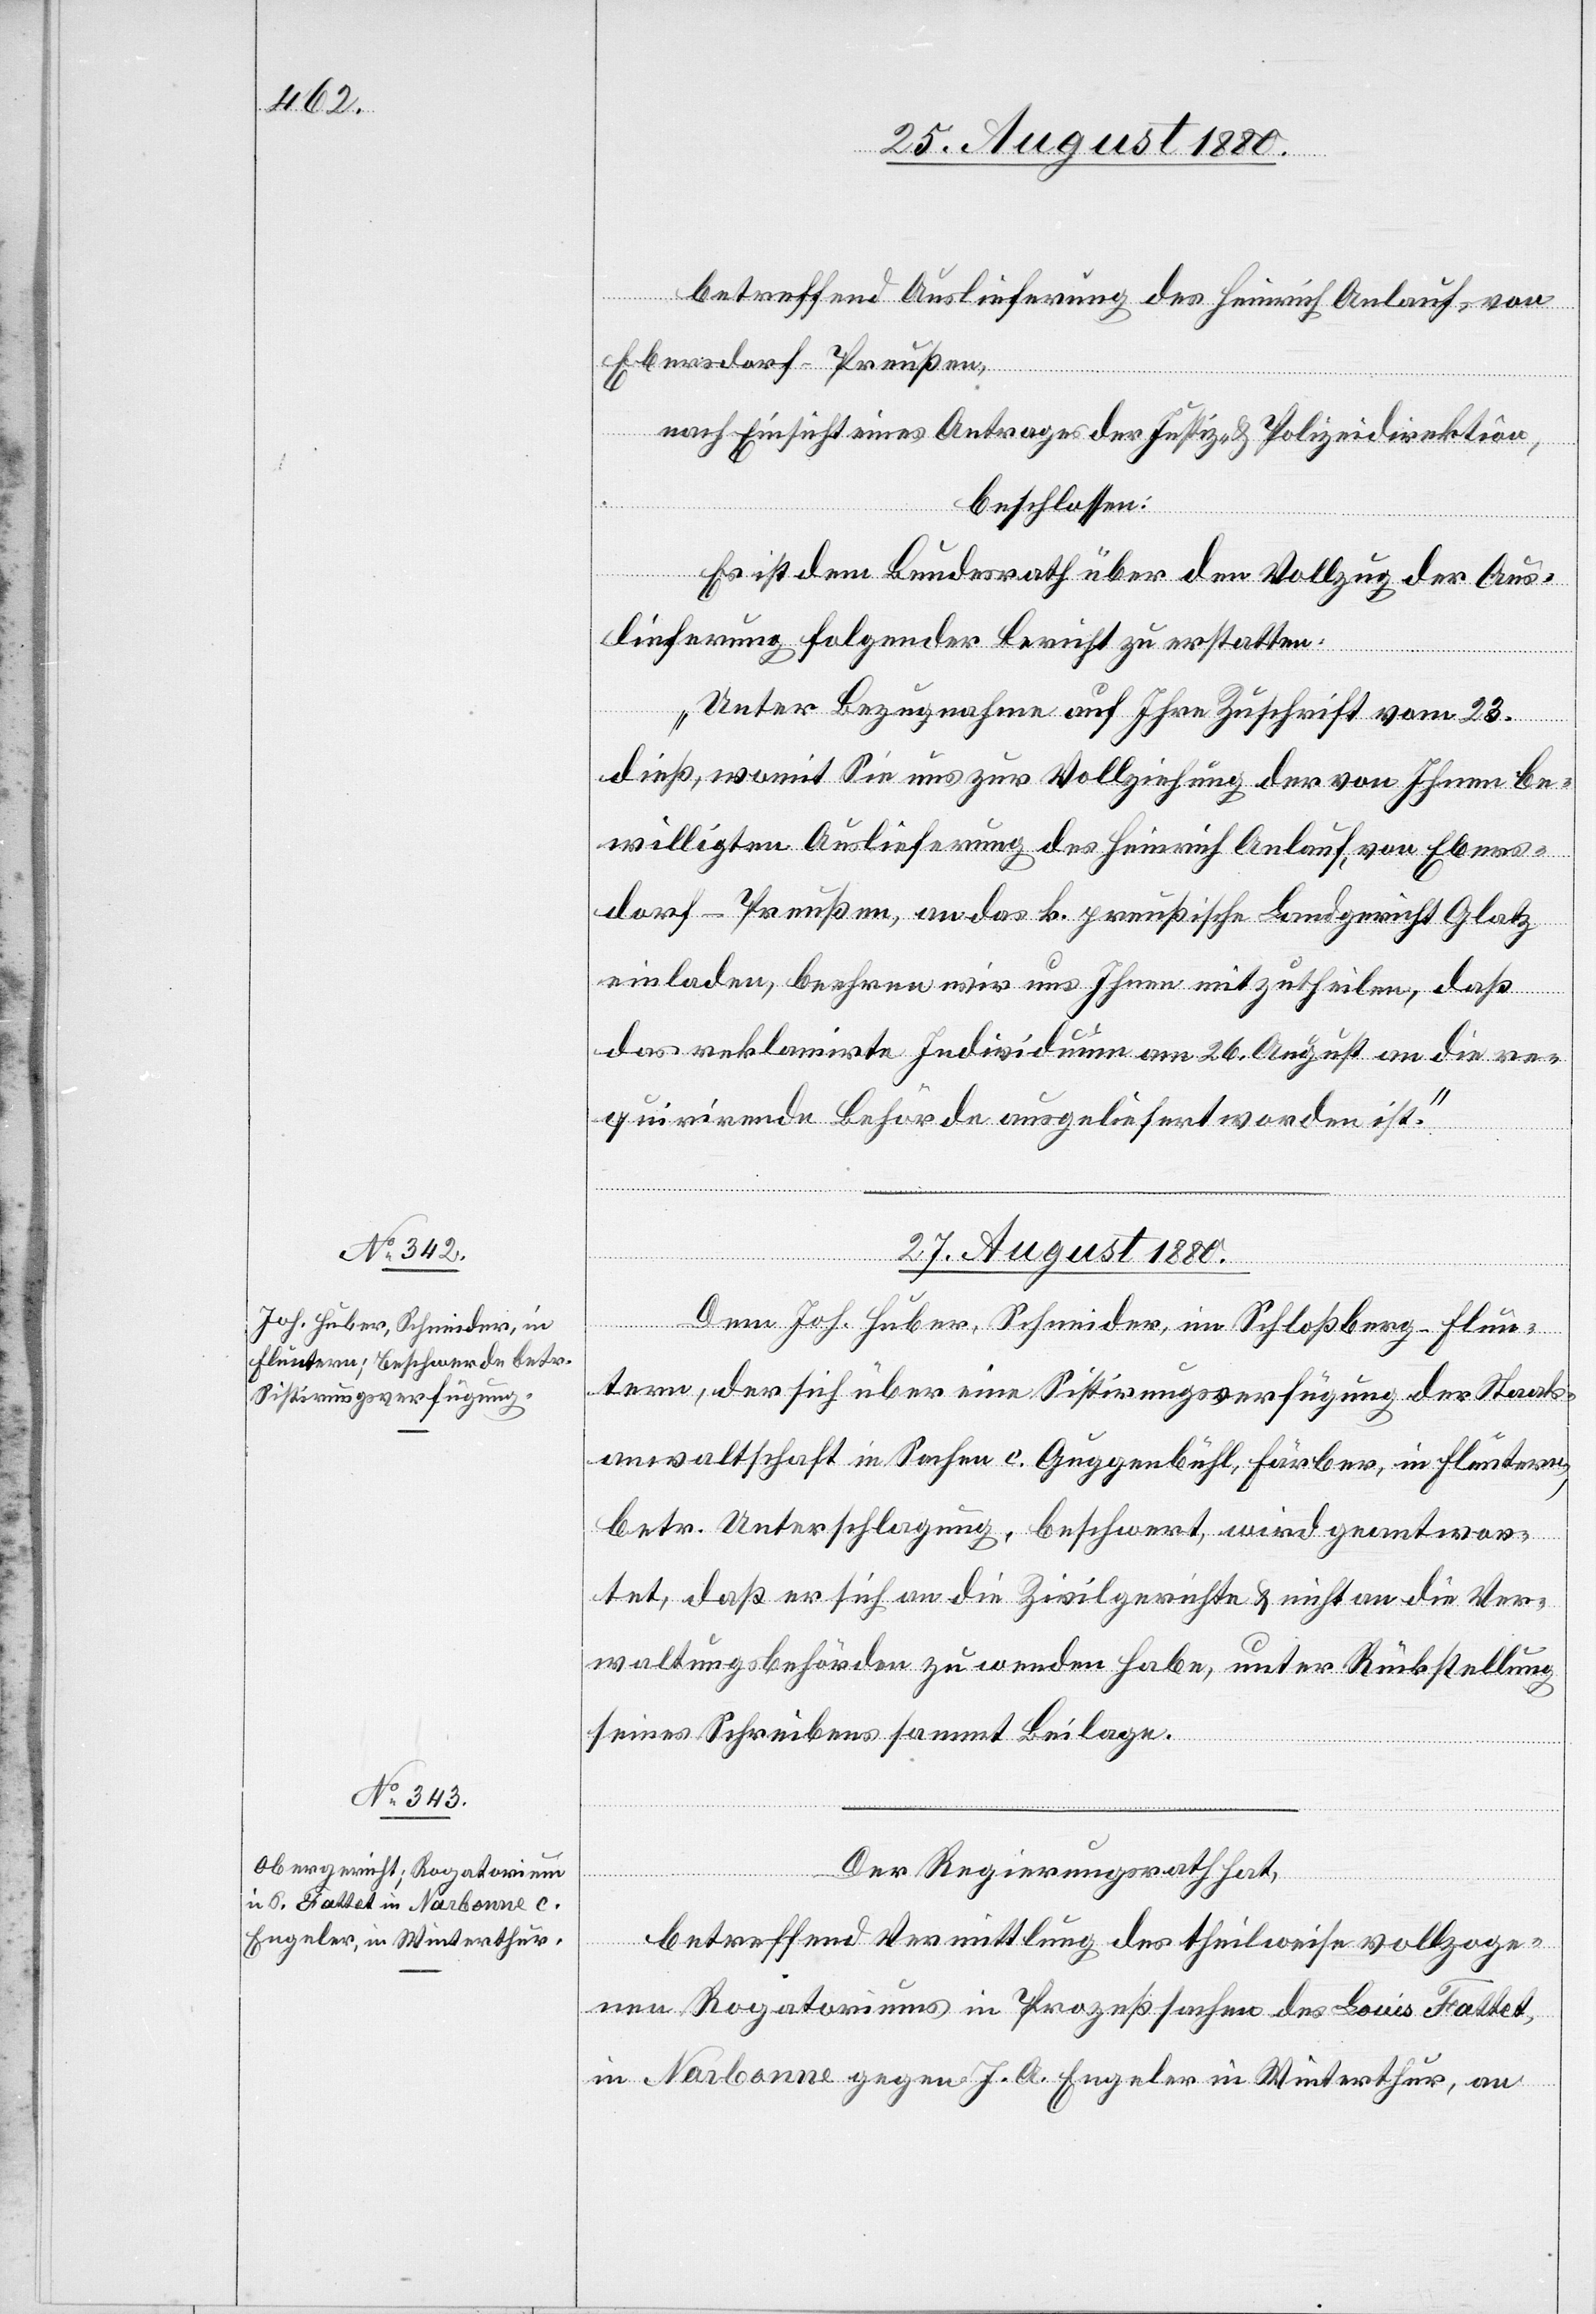
betreffend Auslieferung des Heinrich Anlauf von
Ebersdorf - Preußen,
nach Einsicht eines Antrages der Justiz- & Polizeidirektion,
beschlossen:
Es ist dem Bundesrath über den Vollzug der Aus¬
lieferung folgender Bericht zu erstatten:
„Unter Bezugnahme auf Ihre Zuschrift vom 23.
dieß, womit sie uns zur Vollziehung der von Ihnen be¬
willigten Auslieferung des Heinrich Anlauf, von Ebers¬
dorf - Preußen, an das k. preußische Landgericht Glatz
einladen, beehren wir uns Ihnen mitzutheilen, daß
das reklamirte Individuum am 26. August an die re¬
quirirende Behörde ausgelieferte worden ist.“
27. August 1880.]
Dem Joh. Huber, Schneider, im Schloßberg - Flun¬
tern, der sich über eine Sistirungsverfügung der Staats¬
anwaltschaft in Sachen c. Guggenbühl, Färber, in Fluntern,
betr. Unterschlagung, beschwert, wird geantwor¬
tet, daß er sich an die Zivilgerichte & nicht an die Ver¬
waltungsbehörden zu wenden habe, unter Rückstellung
seines Schreibens sammt Beilagen.
Der Regierungsrath hat,
betreffend Vermittlung des theilweise vollzoge¬
nen Rogatoriums in Prozeßsachen des Louis Fattet,
in Narbonne gegen J. A. Engeler in Winterthur, an